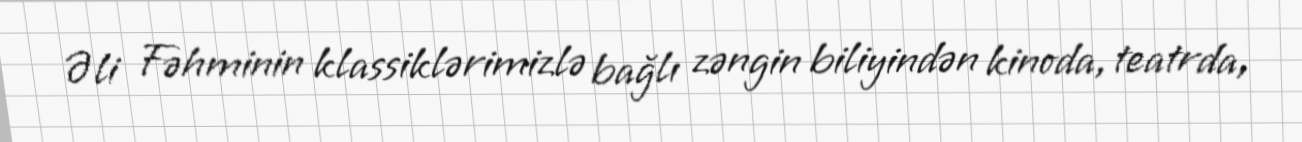
Əli Fəhminin klassiklərimizlə bağlı zəngin biliyindən kinoda, teatrda,